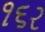
૧૬ર